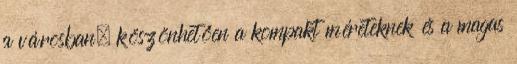
a városban, köszönhetően a kompakt méreteknek és a magas